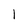
Character: 1